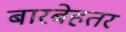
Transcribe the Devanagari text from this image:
बारबेहतर